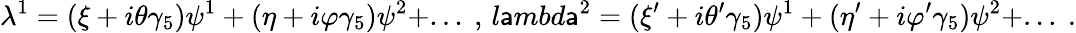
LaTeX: \lambda^{1}=(\xi+i\theta\gamma_{5})\psi^{1}+(\eta+i\varphi\gamma_{5})\psi^{2}+...\ ,\, l\mathsf{a}mbd\mathsf{a}^{2}=(\xi^{\prime}+i\theta^{\prime}\gamma_{5})\psi^{1}+(\eta^{\prime}+i\varphi^{\prime}\gamma_{5})\psi^{2}+...\ .